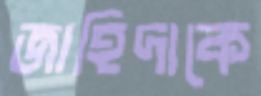
জাহিদাকে